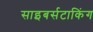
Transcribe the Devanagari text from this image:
साइबर्सटाकिंग